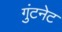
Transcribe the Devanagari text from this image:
गुंटनेट